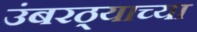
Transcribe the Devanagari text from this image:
उंबरठ्याच्या